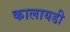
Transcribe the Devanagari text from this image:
कालायडी